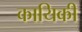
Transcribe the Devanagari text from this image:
कायिकी